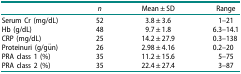
<table><thead><tr><td>[EMPTY_CELL]</td><td><b><i>n</i></b></td><td><b>Mean ± SD</b></td><td><b>Range</b></td></tr></thead><tbody><tr><td>Serum Cr (mg/dL)</td><td>52</td><td>3.8 ± 3.6</td><td>1–21</td></tr><tr><td>Hb (g/dL)</td><td>48</td><td>9.7 ± 1.8</td><td>6.3–14.1</td></tr><tr><td>CRP (mg/dL)</td><td>25</td><td>14.2 ± 27.9</td><td>0.3–138</td></tr><tr><td>Proteinuri (g/gün)</td><td>26</td><td>2.98 ± 4.16</td><td>0.2–20</td></tr><tr><td>PRA class 1 (%)</td><td>35</td><td>11.2 ± 15.6</td><td>5–75</td></tr><tr><td>PRA class 2 (%)</td><td>35</td><td>22.4 ± 27.4</td><td>3–87</td></tr></tbody></table>